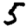
Digit: 5